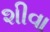
શીવા